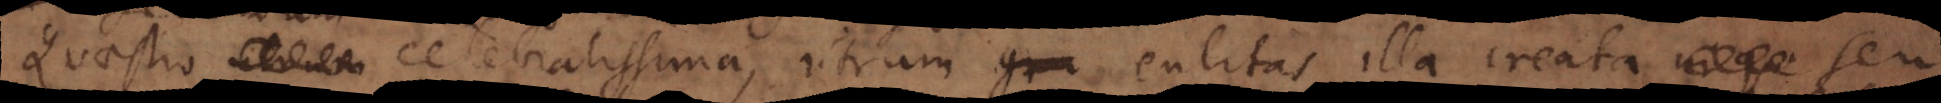
Quaestio celebratissima, utrum entitas illa creata seu